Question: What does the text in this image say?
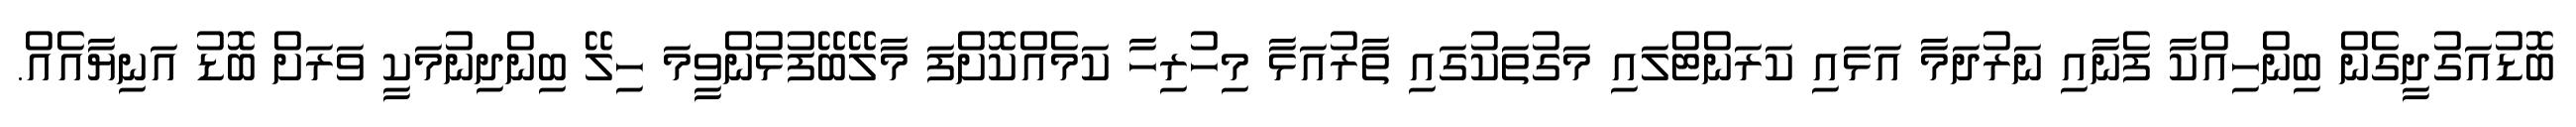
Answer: ބޮޑުއަގުދީގެން ބިންހިއްކާ ފެނާއި ނަރުދަމާ އަޅައި ކަރަންޓްލައި މަގުތަކުގައި ތާރުއަޅާ މިހުރިހާ ކަމެއްކޮށްފަ މާލޭބޭފުޅުންވީމަ ހިލޭ ބިންދިނުމަކީ ވަރަށް ބޮޑު އަނިޔާއެއް.